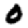
Digit: 0